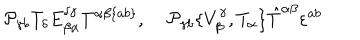
LaTeX: { \cal P } _ { \gamma b } T _ { \delta } E _ { \beta \alpha } ^ { \delta \gamma } T ^ { \alpha \beta \{ a b \} } , \; { \cal P } _ { \gamma b } \{ V _ { \beta } ^ { \gamma } , T _ { \alpha } \} \hat { T } ^ { \alpha \beta } \varepsilon ^ { a b }